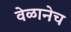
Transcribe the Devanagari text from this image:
वेळानेच